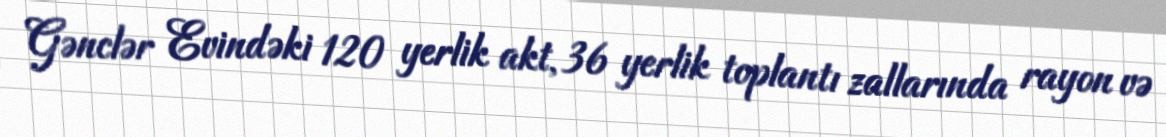
Gənclər Evindəki 120 yerlik akt, 36 yerlik toplantı zallarında rayon və